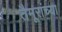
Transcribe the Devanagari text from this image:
तैमूरांच्या